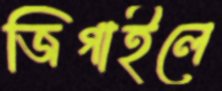
জিগাইলে